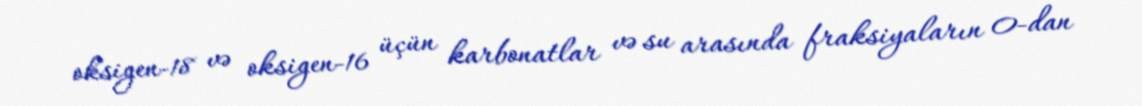
oksigen-18 və oksigen-16 üçün karbonatlar və su arasında fraksiyaların 0-dan